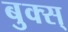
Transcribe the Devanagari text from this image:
बुक्स्